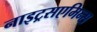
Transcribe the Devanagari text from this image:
नाइट्रसएमिन्स